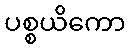
ပစ္စယိကော